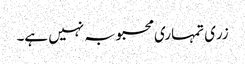
زری تمہاری محبوبہ نہیں ہے۔